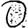
Digit: 0